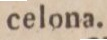
celona.